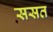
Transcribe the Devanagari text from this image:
ससत